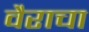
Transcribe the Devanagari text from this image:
वैराचा